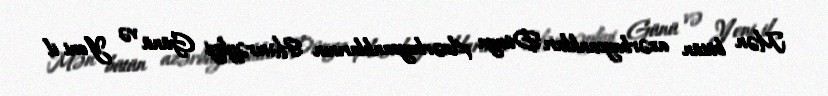
Mən bütün azərbaycanlıları Dünya Azərbaycanlılarının Həmrəyliyi Günü və Yeni il